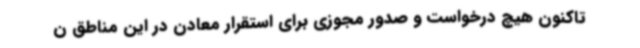
تاکنون هیچ درخواست و صدور مجوزی برای استقرار معادن در این مناطق ن